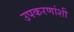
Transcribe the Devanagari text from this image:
उपकरणांशी